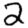
Digit: 2